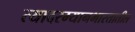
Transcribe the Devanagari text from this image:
त्यादरम्यानभारतातील